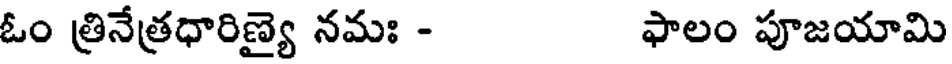
ఓం త్రినేత్రధారిణ్యై నమః - ఫాలం పూజయామి